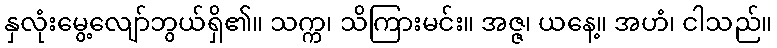
နှလုံးမွေ့လျော်ဘွယ်ရှိ၏။ သက္က၊ သိကြားမင်း။ အဇ္ဇ၊ ယနေ့။ အဟံ၊ ငါသည်။